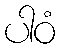
ပါဝံ